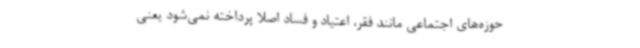
حوزه‌های اجتماعی مانند فقر، اعتیاد و فساد اصلا پرداخته نمی‌شود یعنی